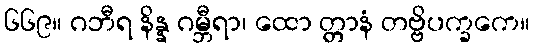
၆၆၉။ ဂဘီရ နိန္န ဂမ္ဘီရာ၊ ထော တ္တာနံ တဗ္ဗိပက္ခကေ။